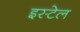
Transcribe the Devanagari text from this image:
इस्टेल